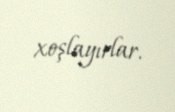
xoşlayırlar.